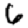
Digit: 6